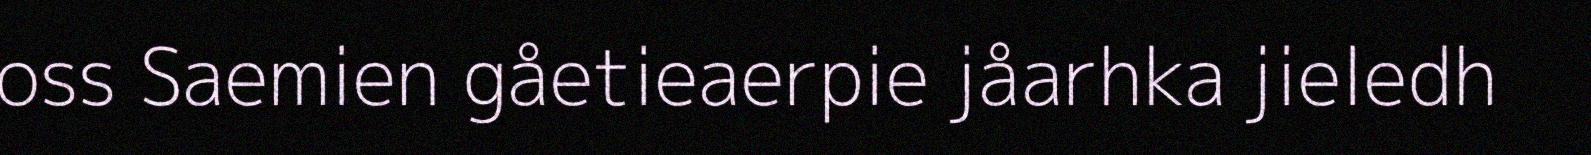
oss Saemien gåetieaerpie jåarhka jieledh